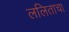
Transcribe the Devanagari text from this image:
ललिताचा